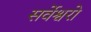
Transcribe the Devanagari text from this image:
सर्वेश्वरो